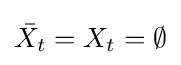
{\bar {X_{t}}}=X_{t}=\emptyset